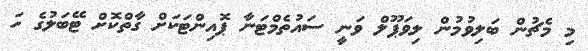
މި މެޗުން ބަލިވުމުން ލިވަޕޫލް ވަނީ ސައުތެމްޓަނާ ޕޮއިންޓަކަށް ގާތްކޮށް ޓޭބަލުގެ ހަ